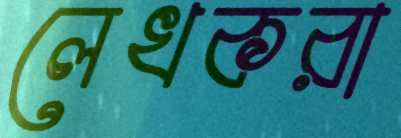
লেখকরা